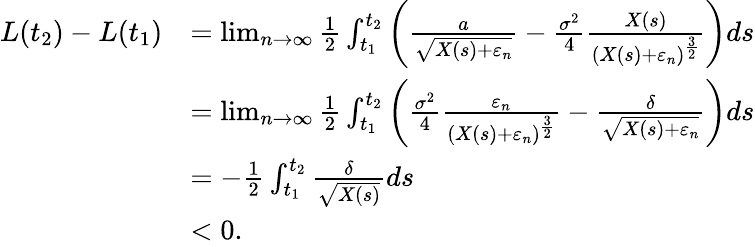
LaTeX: \begin{array}{rl}{L(t_{2})-L(t_{1})}&{=\operatorname*{lim}_{n\to\infty}\frac{1}{2}\int_{t_{1}}^{t_{2}}\left(\frac{a}{\sqrt{X(s)+\varepsilon_{n}}}-\frac{\sigma^{2}}{4}\frac{X(s)}{(X(s)+\varepsilon_{n})^{\frac{3}{2}}}\right)ds}\\ &{=\operatorname*{lim}_{n\to\infty}\frac{1}{2}\int_{t_{1}}^{t_{2}}\left(\frac{\sigma^{2}}{4}\frac{\varepsilon_{n}}{(X(s)+\varepsilon_{n})^{\frac{3}{2}}}-\frac{\delta}{\sqrt{X(s)+\varepsilon_{n}}}\right)ds}\\ &{=-\frac{1}{2}\int_{t_{1}}^{t_{2}}\frac{\delta}{\sqrt{X(s)}}ds}\\ &{<0.}\end{array}